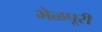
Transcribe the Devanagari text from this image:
भेळपूरी